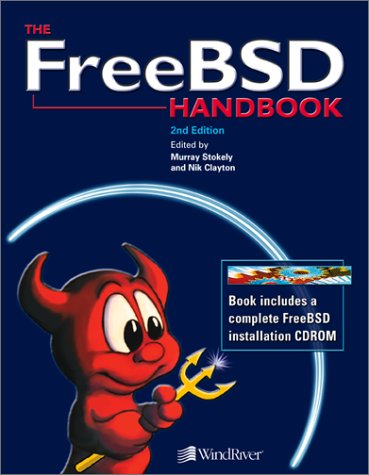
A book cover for FreeBSD Handbook (2nd Edition); Nik Clayton; Computers & Technology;